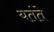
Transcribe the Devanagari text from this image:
यतंते